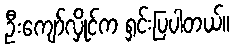
ဦးကျော်လှိုင်က ရှင်းပြပါတယ်။